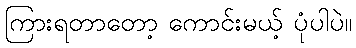
ကြားရတာတော့ ကောင်းမယ့် ပုံပါပဲ။